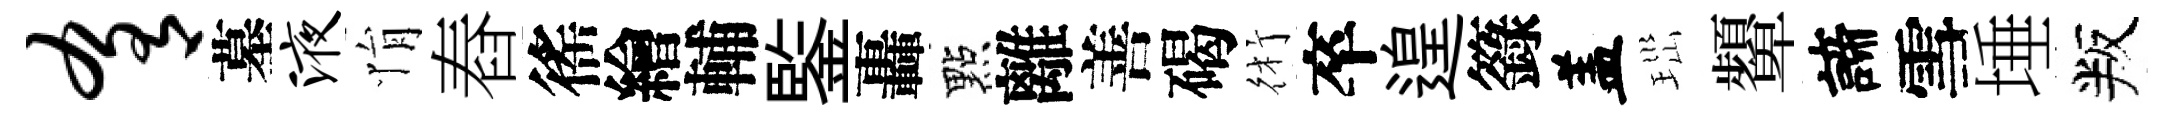
肴墓液悁舂徭繪輔鍳轟點離善碣術卒遑籙盖𤤼顰諦雪埵叛